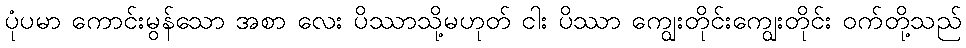
ပုံပမာ ကောင်းမွန်သော အစာ လေး ပိဿာသို့မဟုတ် ငါး ပိဿာ ကျွေးတိုင်းကျွေးတိုင်း ဝက်တို့သည်